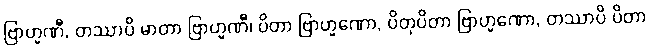
ဗြာဟ္မဏီ, တဿာပိ မာတာ ဗြာဟ္မဏီ၊ ပိတာ ဗြာဟ္မဏော, ပိတုပိတာ ဗြာဟ္မဏော, တဿာပိ ပိတာ